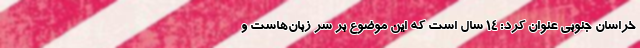
خراسان جنوبی عنوان کرد: ۱۴ سال است که این موضوع بر سر زبان‌هاست و